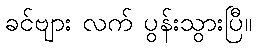
ခင်ဗျား လက် ပွန်းသွားပြီ။